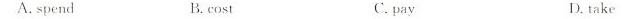
A.spend B.cost C.pav D.take